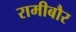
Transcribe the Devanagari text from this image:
रामीबौर